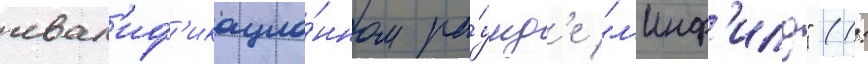
квал'иф'икацио́нном ра́унд'е "л'инф'илд" (1: